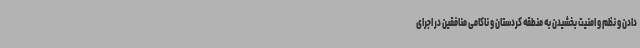
دادن و نظم و امنیت بخشیدن به منطقه کردستان و ناکامی منافقین در اجرای